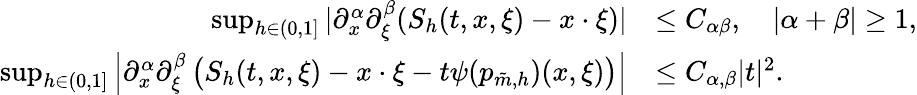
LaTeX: \begin{array}{rl}{\operatorname*{sup}_{h\in(0,1]}|\partial_{x}^{\alpha}\partial_{\xi}^{\beta}(S_{h}(t,x,\xi)-x\cdot\xi)|}&{\leq C_{\alpha\beta},\quad|\alpha+\beta|\geq 1,}\\ {\operatorname*{sup}_{h\in(0,1]}\left|\partial_{x}^{\alpha}\partial_{\xi}^{\beta}\left(S_{h}(t,x,\xi)-x\cdot\xi-t\psi(p_{\tilde{m},h})(x,\xi)\right)\right|}&{\leq C_{\alpha,\beta}|t|^{2}.}\end{array}